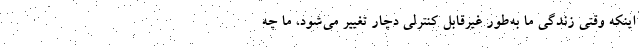
اینکه وقتی زندگی ما به‌طور غیرقابل کنترلی دچار تغییر می‌شود، ما چه